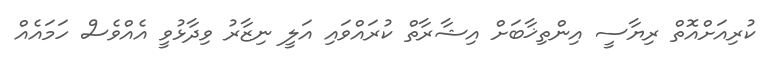
ކުރިއަށްއޮތް ރިޔާސީ އިންތިޚާބަށް އިޝާރާތް ކުރައްވައި އަލީ ނިޒާރު ވިދާޅުވީ އެއްވެސް ހަމައެއް